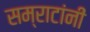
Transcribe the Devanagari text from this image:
सम्राटांनीं